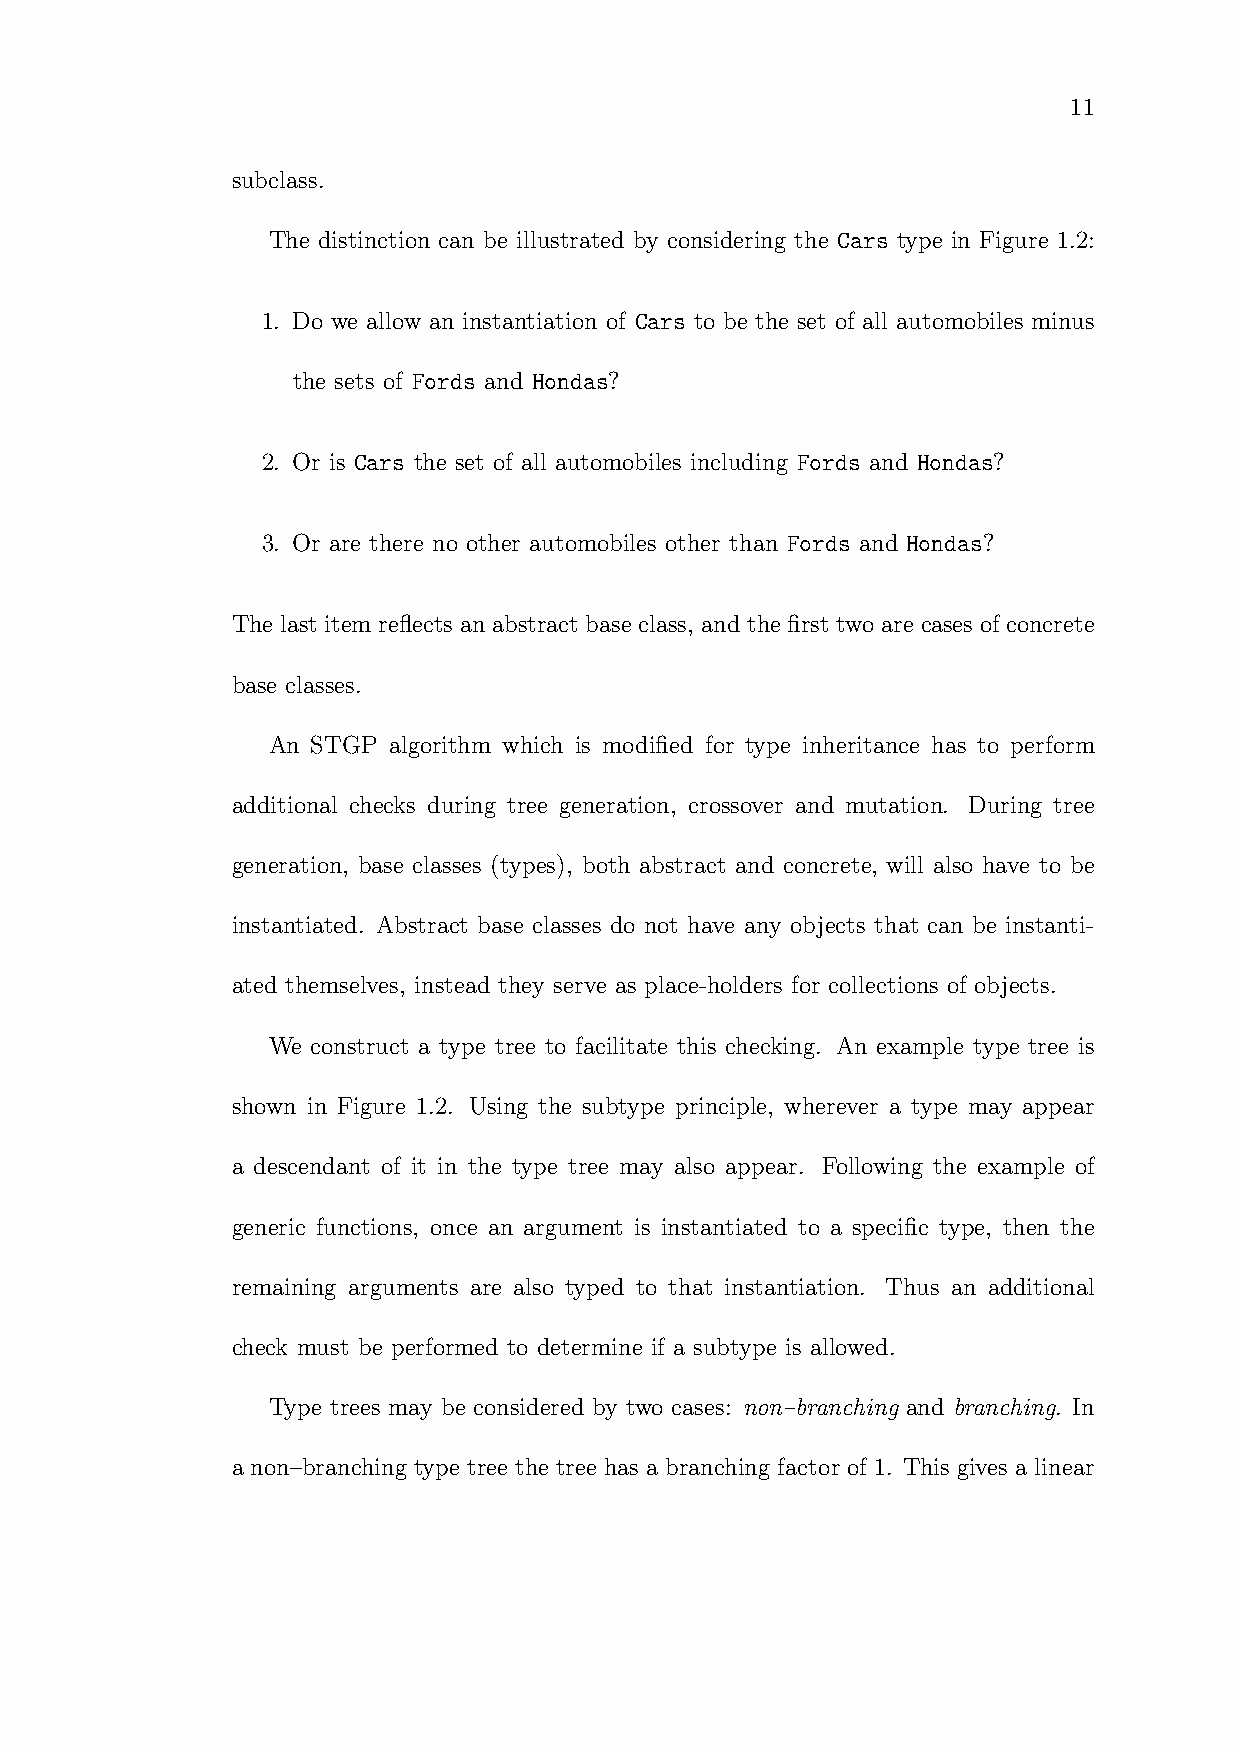
11
 subclass.
 The distinction can be illustrated by considering the Cars type in Figure 1.2:
 1. Do we allow an instantiation of Cars to be the set of all automobiles minus
 the sets of Fords and Hondas?
 2. Or is Cars the set of all automobiles including Fords and Hondas?
 3. Or are there no other automobiles other than Fords and Hondas?
 The last item reflects an abstract base class, and the first two are cases of concrete
 base classes.
 An STGP algorithm which is modified for type inheritance has to perform
 additional checks during tree generation, crossover and mutation. During tree
 generation, base classes (types), both abstract and concrete, will also have to be
 instantiated. Abstract base classes do not have any objects that can be instanti-
 ated themselves, instead they serve as place-holders for collections of objects.
 We construct a type tree to facilitate this checking. An example type tree is
 shown in Figure 1.2. Using the subtype principle, wherever a type may appear
 a descendant of it in the type tree may also appear. Following the example of
 generic functions, once an argument is instantiated to a specific type, then the
 remaining arguments are also typed to that instantiation. Thus an additional
 check must be performed to determine if a subtype is allowed.
 Type trees may be considered by two cases: non–branching and branching. In
 a non–branching type tree the tree has a branching factor of 1. This gives a linear